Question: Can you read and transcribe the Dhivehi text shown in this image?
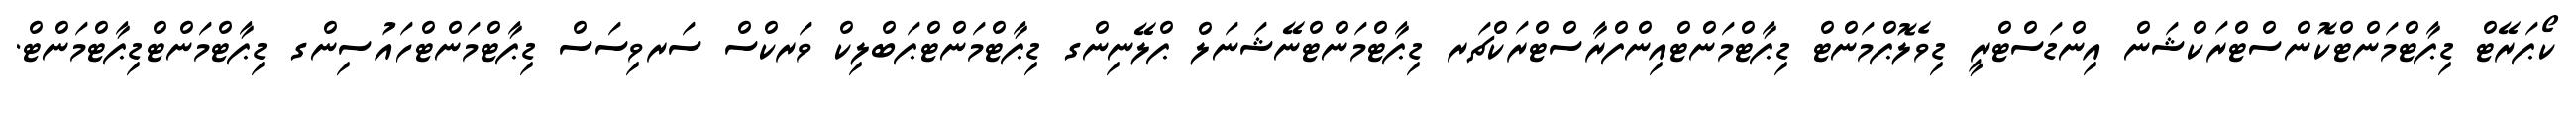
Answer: ކޯޕަރޭޓް ޑިޕާޓްމަންޓްކޮންސްޓްރަކްޝަން އިންޑަސްޓްރީ ޑިވެލޮޕްމަންޓް ޑިޕާޓްމަންޓްއިންފްރާސްޓްރަކްޗަރ ޑިޕާޓްމަންޓްނޭޝަނަލް ޕްލޭނިންގ ޑިޕާޓްމަންޓްޕަބްލިކް ވަރކްސް ސަރވިސަސް ޑިޕާޓްމަންޓްހައުސިންގ ޑިޕާޓްމަންޓްޑިޕާޓްމަންޓް.